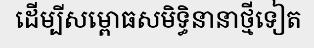
ដើម្បីសម្ពោធសមិទ្ធិនានាថ្មីទៀត